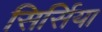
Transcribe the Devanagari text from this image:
सिर्सिया